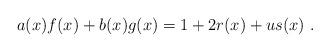
LaTeX: \begin{align*}a(x)f(x)+b(x)g(x) = 1+2r(x)+us(x)~.\end{align*}